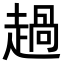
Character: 𧼽